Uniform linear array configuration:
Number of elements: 4
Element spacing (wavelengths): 1
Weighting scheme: kaiser
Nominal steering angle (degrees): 30
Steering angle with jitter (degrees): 31.871
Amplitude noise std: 0.05
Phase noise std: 0.05

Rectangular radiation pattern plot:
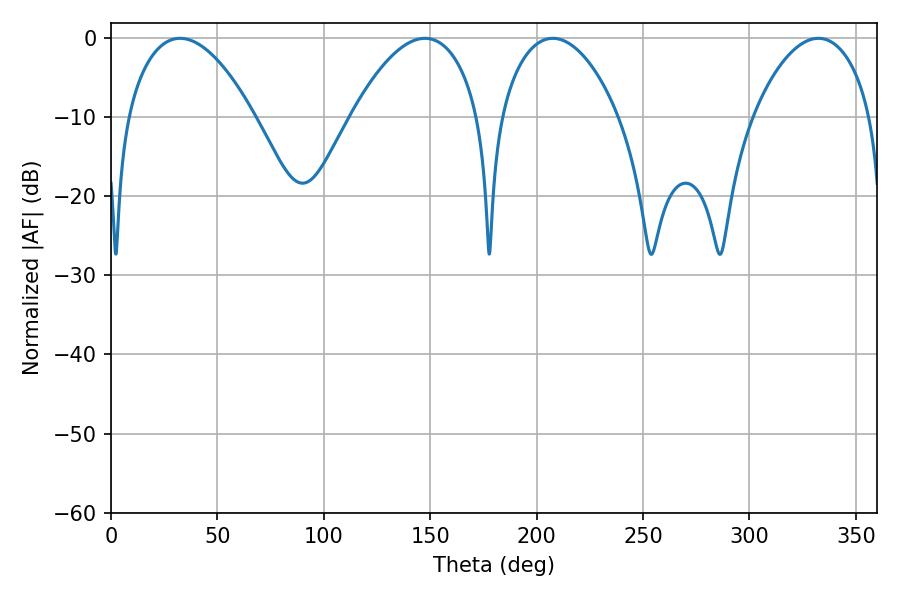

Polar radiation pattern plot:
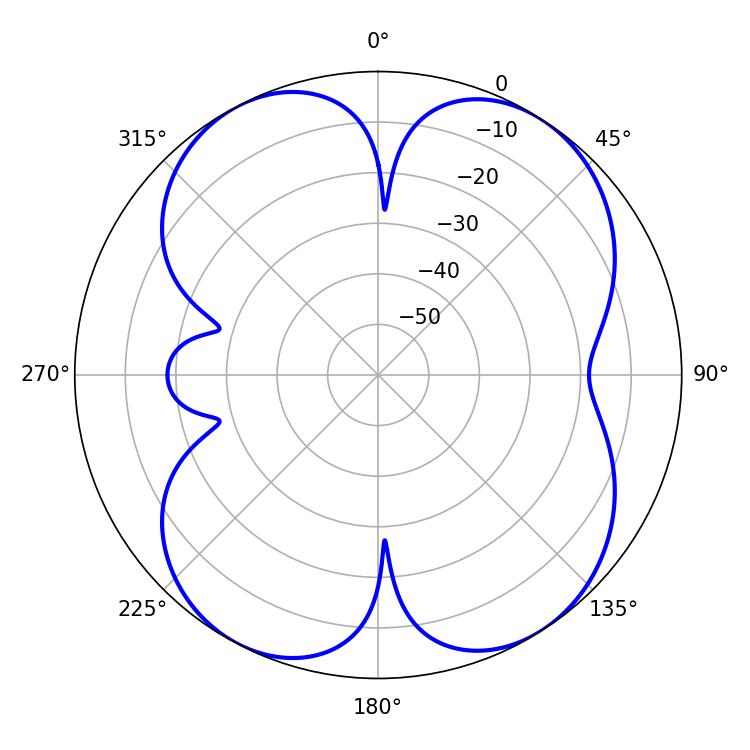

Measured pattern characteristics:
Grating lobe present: TRUE
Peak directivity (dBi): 11.247
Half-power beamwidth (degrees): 31.14
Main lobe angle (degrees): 207.54